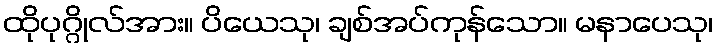
ထိုပုဂ္ဂိုလ်အား။ ပိယေသု၊ ချစ်အပ်ကုန်သော။ မနာပေသု၊